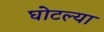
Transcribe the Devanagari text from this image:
घोटल्या